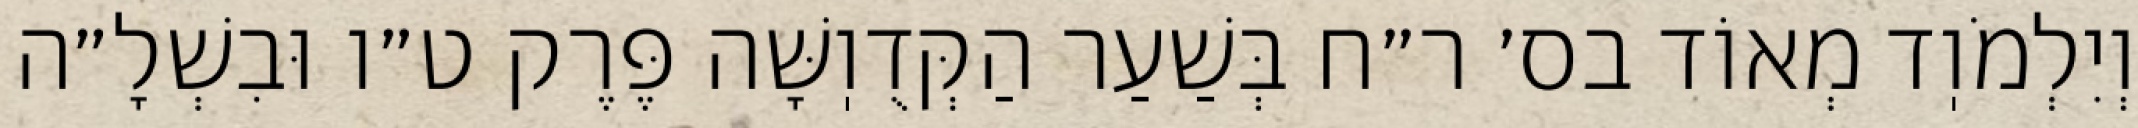
וְיִלְמֹוֽד מְאוֹד בס׳ ר״ח בְּשַׁעַר הַקְּדֻוֽשָּׁה פֶּרֶק ט״ו וּבִשְׁלָ״ה